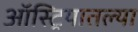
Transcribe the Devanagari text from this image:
ऑस्ट्रियातल्या